Vaccination in the Punjab 1905-1918 - 1905-1918
Year: 1905
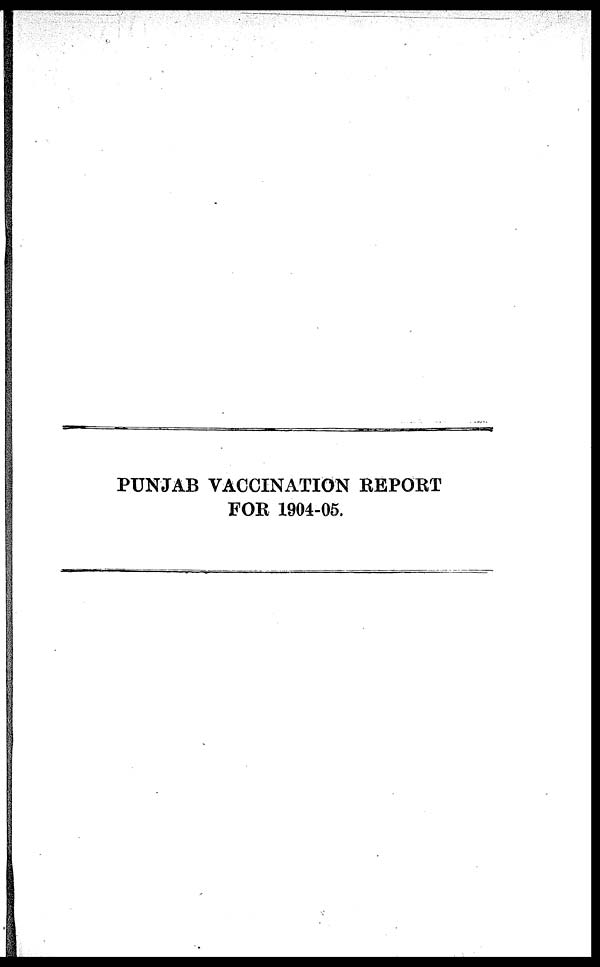
PUNJAB VACCINATION REPORT
FOR 1904-05.